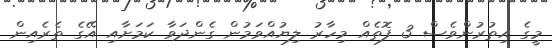
މީގެ އިތުރުންވެސް 3 ފޮތެއް މިހާރު ލިޔުއްވަމުން ގެންދަވާ ކަމަށާއި އޭގެ ތެރެއިން